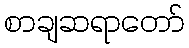
စာချဆရာတော်